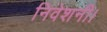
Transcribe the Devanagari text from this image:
निवेशनी।